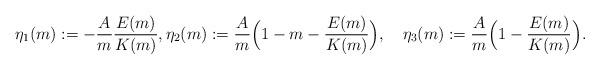
LaTeX: \begin{align*}\eta_1(m):=-\frac{A}{m}\frac{E(m)}{K(m)},\eta_2(m):=\frac{A}{m}\Big(1-m-\frac{E(m)}{K(m)}\Big),\quad\eta_3(m):=\frac{A}{m}\Big(1-\frac{E(m)}{K(m)}\Big).\end{align*}